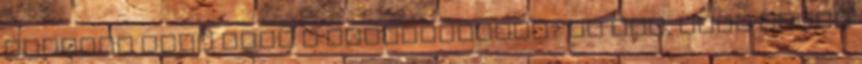
Mekkora hely kell a feladatokhoz? Jó hír, hogy ebből